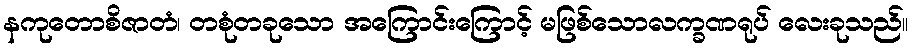
နကုတောစိဇာတံ၊ တစုံတခုသော အကြောင်းကြောင့် မဖြစ်သောလက္ခဏရုပ် လေးခုသည်။